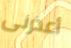
أعذرنى